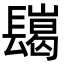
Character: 𨲲